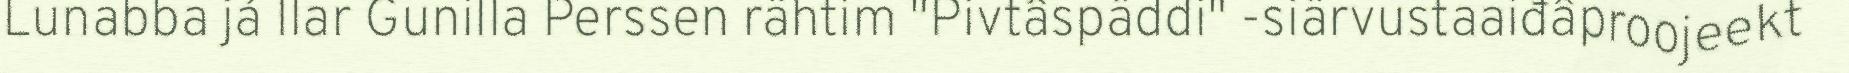
Lunabba já Ilar Gunilla Perssen rähtim "Pivtâspäddi" -siärvustaaiđâproojeekt